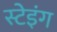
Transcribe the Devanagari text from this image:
स्टेइंग